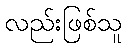
လည်းဖြစ်သူ